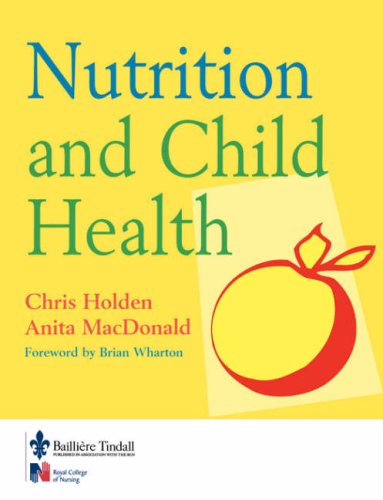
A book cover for Nutrition and Child Health, 1e; Chris Holden; Medical Books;